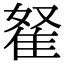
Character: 𨾯